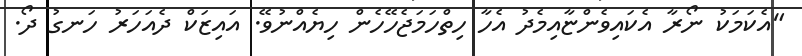
"އެކަމަކު ނޯރާ އެކައިވެންޏާއިމެދު އެހާ ހިތްހަމަޖެހޭހެން ހިޔެއްނުވޭ. އައިޒަކް ދެއަހަރު ހަނގު ދޯ.